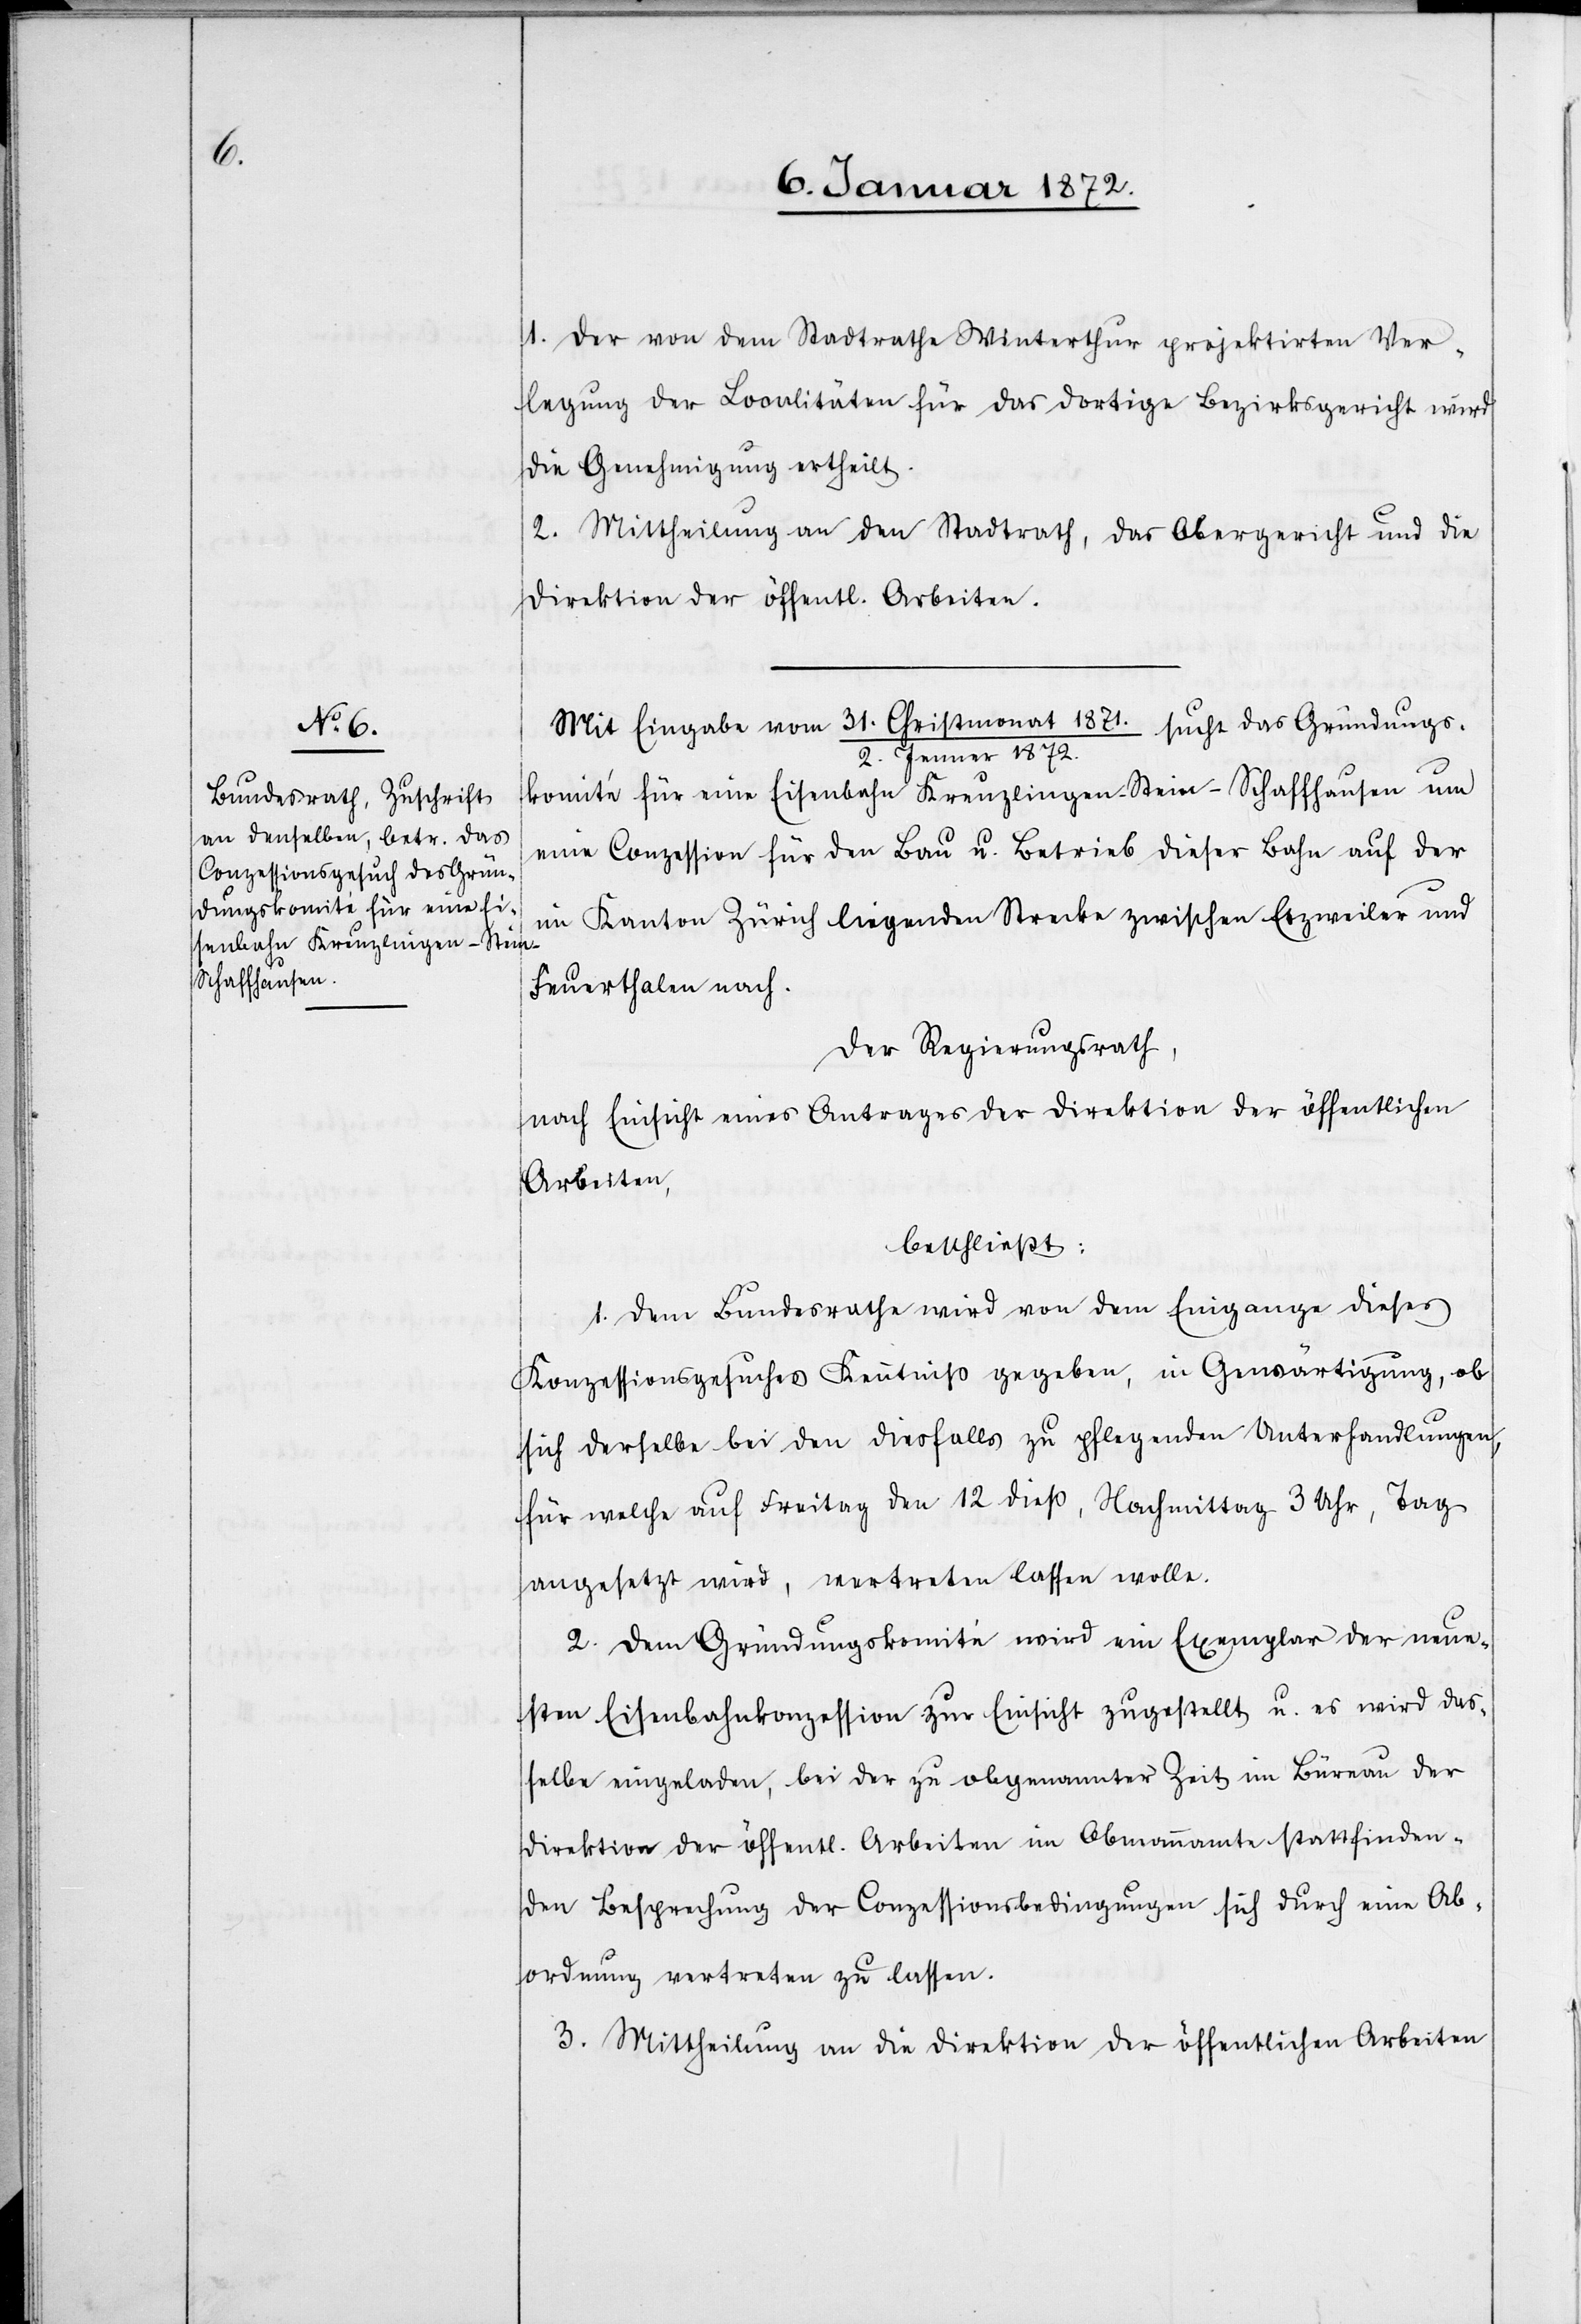
1. Der von dem Stadtrathe Winterthur projektirten Ver¬
legung der Localitäten für das dortige Bezirksgericht wird
die Genehmigung ertheilt.
2. Mittheilung an den Stadtrath, das Obergericht und die
Direktion der öffentl. Arbeiten.
Mit Eingabe vom 31. Christmonat 1871./2. Jenner 1872 sucht das Gründungs¬
komité für eine Eisenbahn Kreuzlingen–Stein–Schaffhausen um
eine Conzession für den Bau u. Betrieb dieser Bahn auf der
im Kanton Zürich liegenden Strecke zwischen Etzweiler und
Feuerthalen nach.
Der Regierungsrath,
nach Einsicht eines Antrages der Direktion der öffentlichen
Arbeiten,
beschließt:
1. Dem Bundesrathe wird von dem Eingange dieses
Konzessionsgesuches Kenntniß gegeben, in Gewärtigung, ob
sich derselbe bei den diesfalls zu pflegenden Unterhandlungen,
für welche auf Freitag den 12 dieß, Nachmittag 3 Uhr, Tag
angesetzt wird, vertreten lassen wolle.
2. Dem Gründungskomité wird ein Exemplar der neue¬
sten Eisenbahnkonzession zur Einsicht zugestellt u. es wird das¬
selbe eingeladen, bei der zu obgenannter Zeit im Büreau der
Direktion der öffentl. Arbeiten im Obmannamte stattfinden¬
den Besprechung der Conzessionsbedingungen sich durch eine Ab¬
ordnung vertreten zu lassen.
3. Mittheilung an die Direktion der öffentlichen Arbeiten